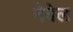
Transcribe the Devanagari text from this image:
नेबेल